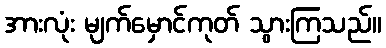
အားလုံး မျက်မှောင်ကုတ် သွားကြသည်။